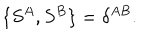
{ \{ S ^ { A } , S ^ { B } \} = \delta ^ { A B } . }